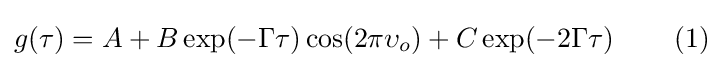
g(\tau )=A+B\exp(-\Gamma \tau )\cos(2\pi \upsilon _{o})+C\exp(-2\Gamma \tau )\,\qquad (1)